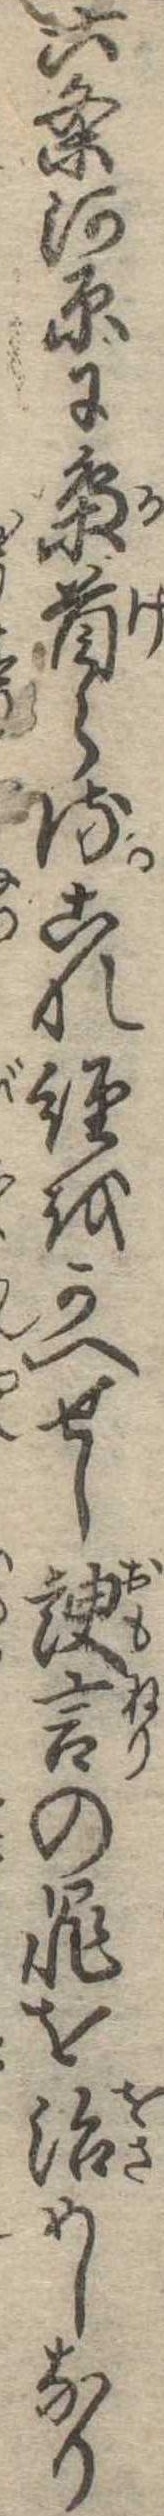
六条河原に梟首らるこれ経をかへせし諛言の罪を治めしなり